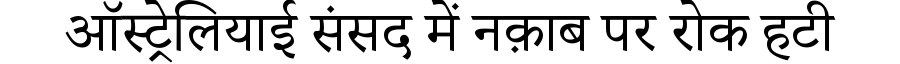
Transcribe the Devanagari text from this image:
ऑस्ट्रेलियाई संसद में नक़ाब पर रोक हटी